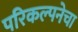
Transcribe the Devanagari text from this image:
परिकल्पनेचा